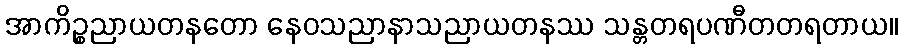
အာကိဉ္စညာယတနတော နေဝသညာနာသညာယတနဿ သန္တတရပဏီတတရတာယ။